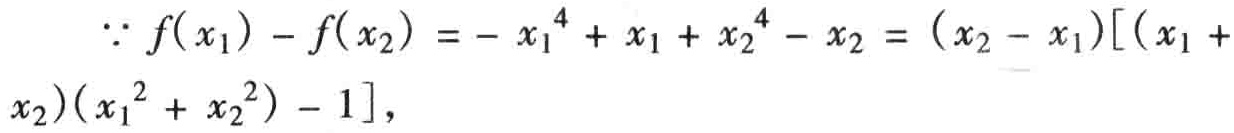
\(\because f(x_{1}) - f(x_{2}) = - x_{1}^{4} + x_{1} + x_{2}^{4} - x_{2} = (x_{2} - x_{1})[(x_{1} + x_{2})(x_{1}^{2} + x_{2}^{2}) - 1],\)